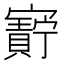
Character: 𫴝